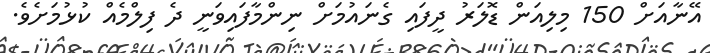
އޭނާއަށް 150 މިލިއަން ޑޮލަރު ދީފައި ގެނައުމަށް ނިންމާފައިވަނީ ދެ ފިލްމެއް ކުޅުމަށެވެ.